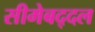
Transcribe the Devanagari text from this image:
सीमेबद्दल